Leaving Certificate Examination, 1925
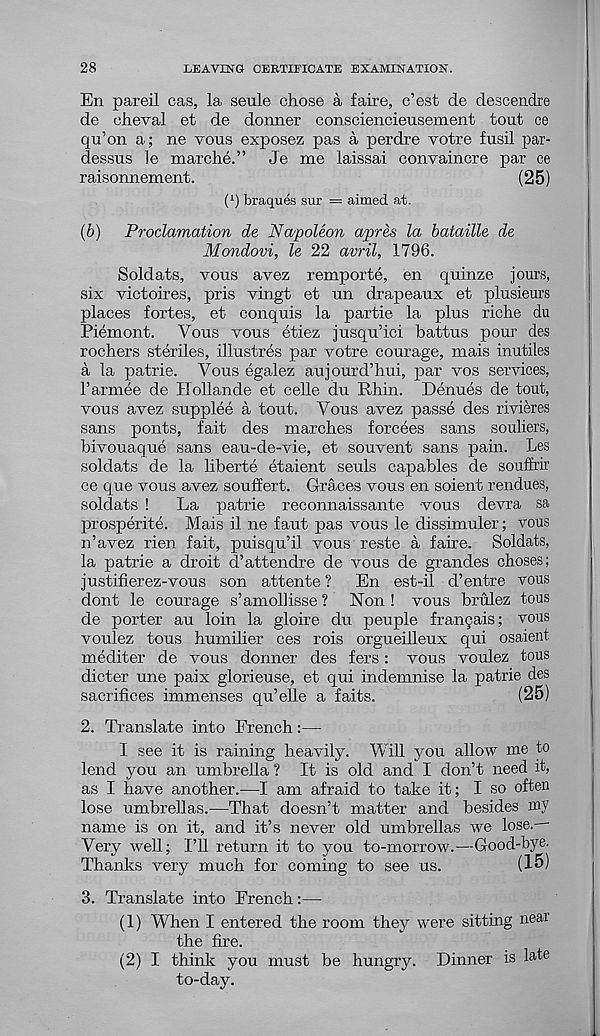
28
LEAVING CERTIFICATE EXAMINATION.
En pareil cas, la seule chose a faire, c’est de descendre
de eheval et de donner consciencieusement tout ce
qu’on a; ne vous exposez pas a perdre votre fusil par-
dessus le marche.” Je me laissai convaincre par ce
raisonnement.
(25)
( 1 ) braques sur = aimed at.
(b) Proclamation de Napoleon apres la bataille de
Mondovi, le 22 avril, 1796.
Soldats, vous avez remporte, en quinze jours,
six victoires, pris vingt et un drapeaux et plusieurs
places fortes, et conquis la partie la plus riche du
Piemont. Vous vous etiez jusqu’ici battus pour des
rochers steriles, illustres par votre courage, mais inutiles
a la patrie. Vous egalez aujourd’hui, par vos services,
I’armee de Hollande et celle du Rhin. Demies de tout,
vous avez supplee a tout. Vous avez passe des rivieres
sans pouts, fait des marches forcees sans souliers,
bivouaque sans eau-de-vie, et souvent sans pain. Les
soldats de la liberte etaient seuls capables de souffrir
ce que vous avez souffert. Graces vous en soient rendues,
soldats !
La patrie reconnaissante vous devra sa
prosperite. Mais il ne faut pas vous le dissimuler; vous
n’avez rien fait, puisqu’il vous reste a faire. Soldats,
la patrie a droit d’attendee de vous de grandes choses;
justifierez-vous son attente ? En est-il d’entre vous
dont le courage s’amollisse ? Non ! vous brulez tous
de porter au loin la globe du peuple franpais; vous
voulez tous humilier ces rois orgueiileux qui osaient
mediter de vous donner des fers: vous voulez tous
dieter une paix glorieuse, et qui indemnise la patrie des
sacrifices immenses qu’elle a faits.
(25)
2. Translate into French:—
I see it is raining heavily. Will you allow me to
lend you an umbrella ? It is old and I don’t need it,
as I have another.—I am afraid to take it; I so often
lose umbrellas.—That doesn’t matter and besides my
name is on it, and it’s never old umbrellas we lose.
Very well; I’ll return it to you to-morrow.—Good-bye.
Thanks very much for coming to see us.
(15)
3. Translate into French:—
(1) When I entered the room they were sitting near
the fire.
(2) I think you must be hungry. Dinner is late
to-day.